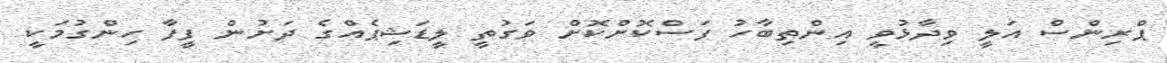
ޕްރިންސް އަލީ ވިދާޅުވީ އިންތިބާހު ފަސްކޮށްކޮށް ވަގުތީ ލީޑަޝިޕެއްގެ ދަށުން ފީފާ ހިންގުމަކީ